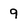
Character: 9